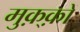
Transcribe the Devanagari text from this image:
मुक़्क़ों